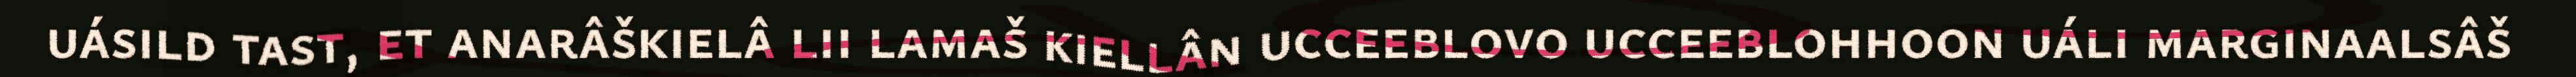
uásild tast, et anarâškielâ lii lamaš kiellân ucceeblovo ucceeblohhoon uáli marginaalsâš